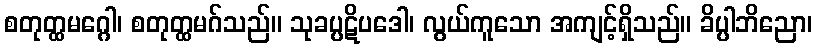
စတုတ္ထမဂ္ဂေါ၊ စတုတ္ထမဂ်သည်။ သုခပ္ပဋိပဒေါ၊ လွယ်ကူသော အကျင့်ရှိသည်။ ခိပ္ပါဘိညော၊